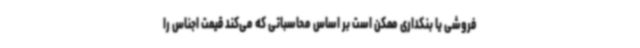
‌فروشی یا بنکداری ممکن است بر اساس محاسباتی که می‌کند قیمت اجناس را